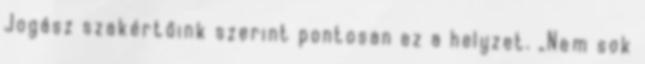
Jogász szakértőink szerint pontosan ez a helyzet. „Nem sok